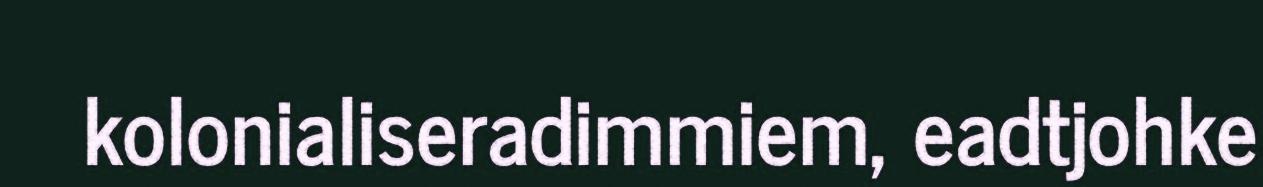
kolonialiseradimmiem, eadtjohke